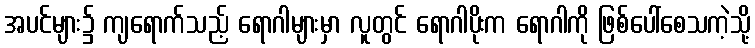
အပင်များ၌ ကျရောက်သည့် ရောဂါများမှာ လူတွင် ရောဂါပိုးက ရောဂါကို ဖြစ်ပေါ်စေသကဲ့သို့